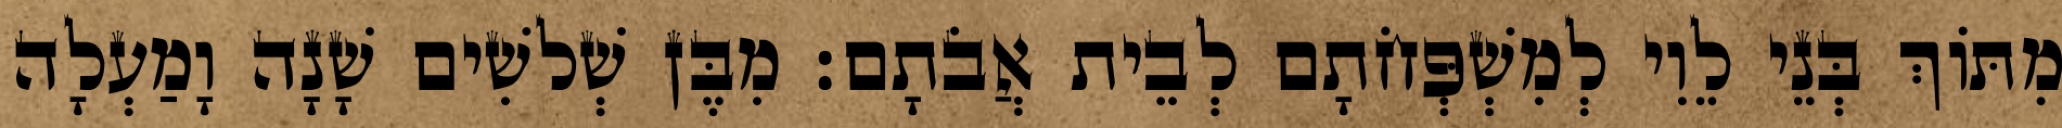
מִתּוֹךְ בְּנֵי לֵוִי לְמִשְׁפְּחֹתָם לְבֵית אֲבֹתָם׃ מִבֶּן שְׁלשִׁים שָׁנָה וָמַעְלָה